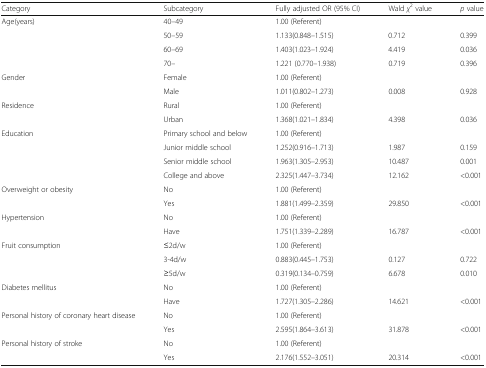
<table><thead><tr><td><b>Category</b></td><td><b>Subcategory</b></td><td><b>Fully adjusted OR (95% CI)</b></td><td><b>Wald <i>χ</i><sup>2</sup> value</b></td><td><b><i>p</i> value</b></td></tr></thead><tbody><tr><td rowspan="4">Age(years)</td><td>40–49</td><td>1.00 (Referent)</td><td></td><td></td></tr><tr><td>50–59</td><td>1.133(0.848–1.515)</td><td>0.712</td><td>0.399</td></tr><tr><td>60–69</td><td>1.403(1.023–1.924)</td><td>4.419</td><td>0.036</td></tr><tr><td>70–</td><td>1.221 (0.770–1.938)</td><td>0.719</td><td>0.396</td></tr><tr><td rowspan="2">Gender</td><td>Female</td><td>1.00 (Referent)</td><td></td><td></td></tr><tr><td>Male</td><td>1.011(0.802–1.273)</td><td>0.008</td><td>0.928</td></tr><tr><td rowspan="2">Residence</td><td>Rural</td><td>1.00 (Referent)</td><td></td><td></td></tr><tr><td>Urban</td><td>1.368(1.021–1.834)</td><td>4.398</td><td>0.036</td></tr><tr><td rowspan="4">Education</td><td>Primary school and below</td><td>1.00 (Referent)</td><td></td><td></td></tr><tr><td>Junior middle school</td><td>1.252(0.916–1.713)</td><td>1.987</td><td>0.159</td></tr><tr><td>Senior middle school</td><td>1.963(1.305–2.953)</td><td>10.487</td><td>0.001</td></tr><tr><td>College and above</td><td>2.325(1.447–3.734)</td><td>12.162</td><td>&lt;0.001</td></tr><tr><td rowspan="2">Overweight or obesity</td><td>No</td><td>1.00 (Referent)</td><td></td><td></td></tr><tr><td>Yes</td><td>1.881(1.499–2.359)</td><td>29.850</td><td>&lt;0.001</td></tr><tr><td rowspan="2">Hypertension</td><td>No</td><td>1.00 (Referent)</td><td></td><td></td></tr><tr><td>Have</td><td>1.751(1.339–2.289)</td><td>16.787</td><td>&lt;0.001</td></tr><tr><td rowspan="3">Fruit consumption</td><td>≤2d/w</td><td>1.00 (Referent)</td><td></td><td></td></tr><tr><td>3-4d/w</td><td>0.883(0.445–1.753)</td><td>0.127</td><td>0.722</td></tr><tr><td>≥5d/w</td><td>0.319(0.134–0.759)</td><td>6.678</td><td>0.010</td></tr><tr><td rowspan="2">Diabetes mellitus</td><td>No</td><td>1.00 (Referent)</td><td></td><td></td></tr><tr><td>Have</td><td>1.727(1.305–2.286)</td><td>14.621</td><td>&lt;0.001</td></tr><tr><td rowspan="2">Personal history of coronary heart disease</td><td>No</td><td>1.00 (Referent)</td><td></td><td></td></tr><tr><td>Yes</td><td>2.595(1.864–3.613)</td><td>31.878</td><td>&lt;0.001</td></tr><tr><td rowspan="2">Personal history of stroke</td><td>No</td><td>1.00 (Referent)</td><td></td><td></td></tr><tr><td>Yes</td><td>2.176(1.552–3.051)</td><td>20.314</td><td>&lt;0.001</td></tr></tbody></table>